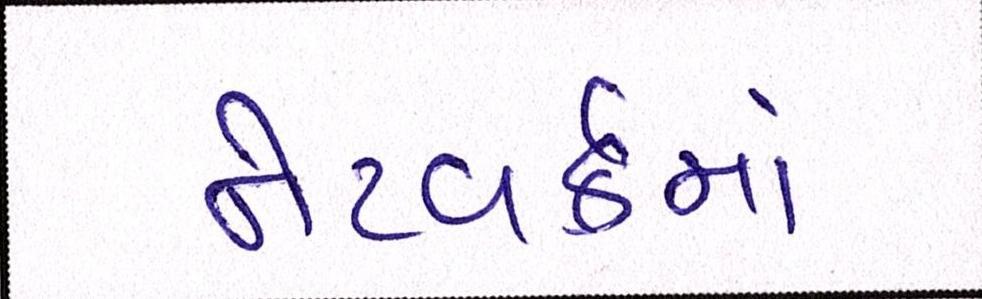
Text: નેટવર્કમાં